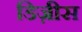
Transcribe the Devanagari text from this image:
डिज़ीस